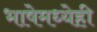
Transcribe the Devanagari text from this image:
भाषेमध्येही